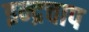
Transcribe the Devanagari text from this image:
इन्द्रचाप